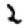
Digit: 2